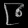
Digit: ၉